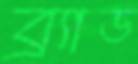
ব্র্যাড